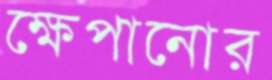
ক্ষেপানোর